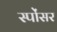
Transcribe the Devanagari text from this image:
स्पोंसर